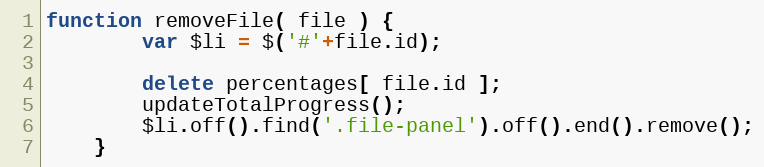
Language: JavaScript
function removeFile( file ) {
        var $li = $('#'+file.id);

        delete percentages[ file.id ];
        updateTotalProgress();
        $li.off().find('.file-panel').off().end().remove();
    }